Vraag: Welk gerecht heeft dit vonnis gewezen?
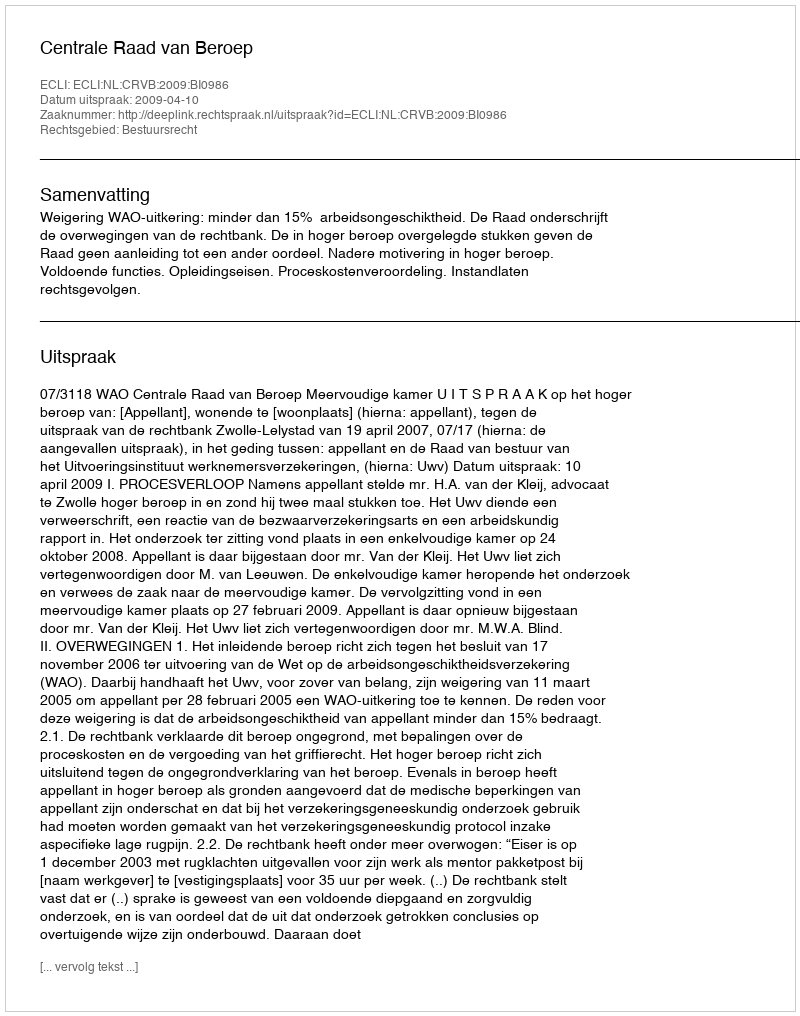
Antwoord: Centrale Raad van Beroep